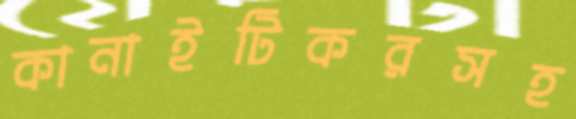
কানাইটিকরসহ